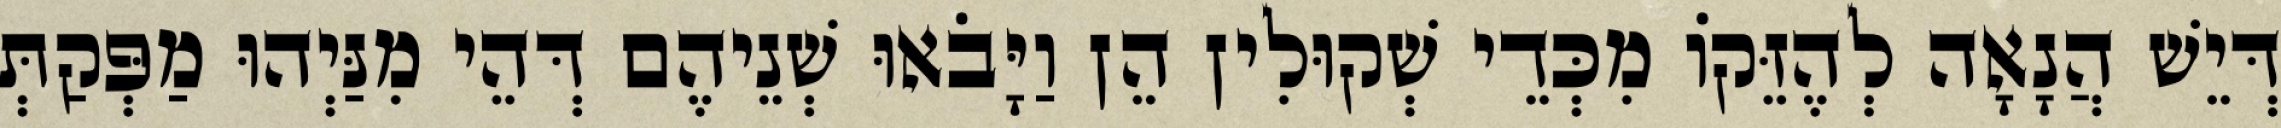
דְּיֵשׁ הֲנָאָה לְהֶזֵּקוֹ מִכְּדֵי שְׁקוּלִין הֵן וַיָּבֹאוּ שְׁנֵיהֶם דְּהֵי מִנַּיְהוּ מַפְּקַתְּ